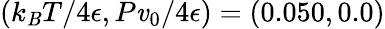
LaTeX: (k_{\mathit{B}}T/4\epsilon,P\mathit{v}_{0}/4\epsilon)=(0.050,0.0)